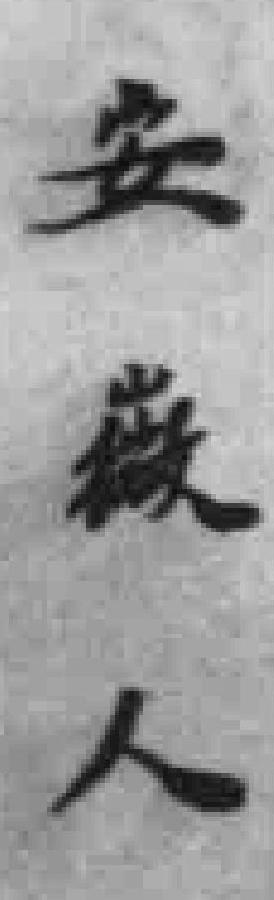
安徽人